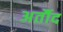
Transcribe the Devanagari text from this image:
अर्तौद